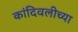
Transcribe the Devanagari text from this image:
कांदिवलीच्या